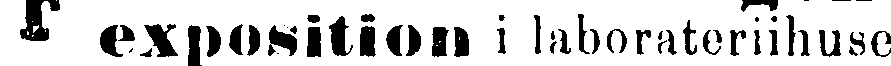
exposition i laborateriihuset